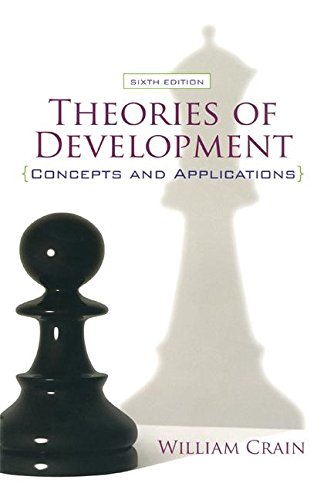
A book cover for Theories of Development: Concepts and Applications; William Crain; Medical Books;